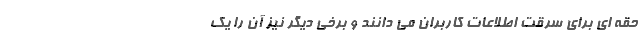
حقه ای برای سرقت اطلاعات کاربران می دانند و برخی دیگر نیز آن را یک